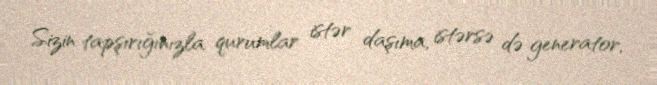
Sizin tapşırığınızla qurumlar istər daşıma, istərsə də generator,